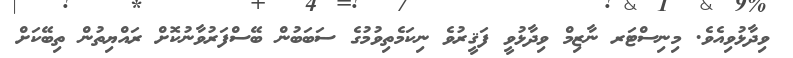
ވިދާޅުވިއެވެ. މިނިސްޓަރ ނާޒިމް ވިދާޅުވީ ފަޤީރުވެ ނިކަމެތިވުމުގެ ސަބަބުން ބޭސްފަރުވާނުކޮށް ރައްޔިތުން ތިބޭކަށް